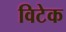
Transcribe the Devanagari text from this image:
विटेक